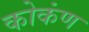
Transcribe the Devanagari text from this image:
कोकंण